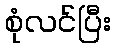
စုံလင်ပြီး